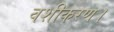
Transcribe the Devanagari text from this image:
वशीकरण।